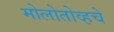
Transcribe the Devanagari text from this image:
मोलोतोव्हचे